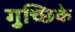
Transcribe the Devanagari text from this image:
गुच्छिके